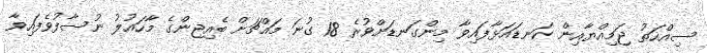
ސިއްހަތު ޖަމިއްޔާއިން ކަނޑައަޅާފައިވާ މިންގަނޑަށްވުރެ 18 ގުނަ މައްޗަށް ބެއިޖިންގެ މާހައުލު ނުސާފުވެފައިވާ